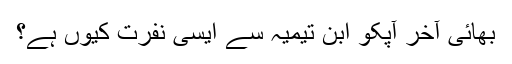
بھائی آخر آپکو ابن تیمیہ سے ایسی نفرت کیوں ہے؟